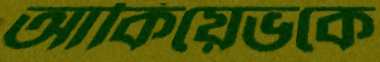
আকিয়েভকে